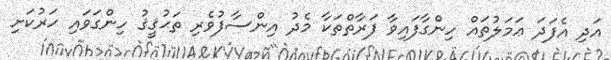
އަދި އެފަދަ ޢަމަލުތައް ހިންގާފައިވާ ފަރާތްތަކާ މެދު އިންސާފުވެރި ތަޙުޤީޤު ހިންގަވައި ހަރުކަށި